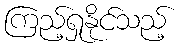
ကြည့်ရှုနိုင်သည့်